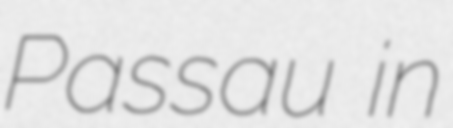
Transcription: Passau in